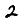
Digit: 2